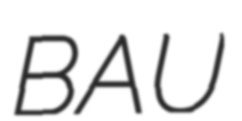
BAU